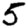
Digit: 5